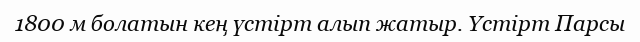
1800 м болатын кең үстірт алып жатыр. Үстірт Парсы